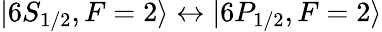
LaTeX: \lvert 6S_{1/2},F=2\rangle\leftrightarrow\lvert 6P_{1/2},F=2\rangle